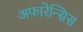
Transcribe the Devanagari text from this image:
अफारेन्सिस